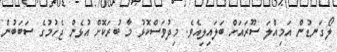
ލޯގަނޑުން އަމިއްލަ ސޫރައަށް ބަލައިލިއެވެ. މިދުވަސްކޮޅު މާ ބުރަކޮށް އުޅެން ޖެހުމުގެ ސަބަބުން